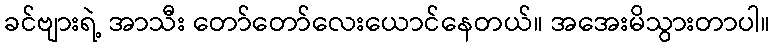
ခင်ဗျားရဲ့ အာသီး တော်တော်လေးယောင်နေတယ်။ အအေးမိသွားတာပါ။